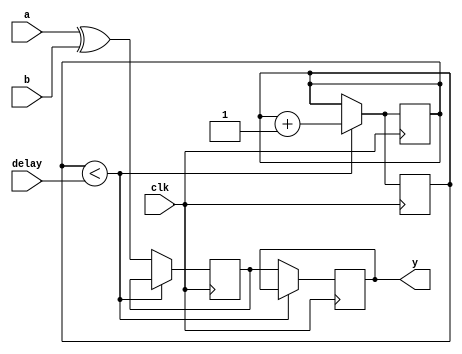
module xor_gate_delay (
    input wire a,
    input wire b,
    output reg y,
    input wire clk,
    input wire delay
);

reg xor_out;
reg delay_count;

always @ (posedge clk) begin
    if (delay_count < delay) begin
        delay_count <= delay_count + 1;
        xor_out <= xor_out;
    end else begin
        xor_out <= a ^ b;
    end
end

always @ (posedge clk) begin
    if (delay_count < delay) begin
        delay_count <= delay_count + 1;
        y <= y;
    end else begin
        y <= xor_out;
    end
end

endmodule